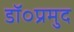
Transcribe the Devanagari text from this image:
डॉ०प्रमुद